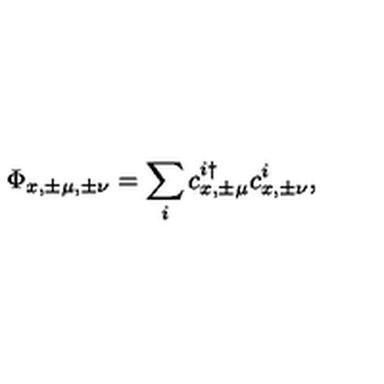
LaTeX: \Phi _ { x , \pm \mu , \pm \nu } = \sum _ { i } c _ { x , \pm \mu } ^ { i \dagger } c _ { x , \pm \nu } ^ { i } ,